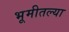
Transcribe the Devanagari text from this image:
भूमीतल्या